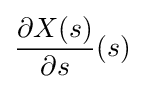
{\partial X(s) \over \partial s}(s)